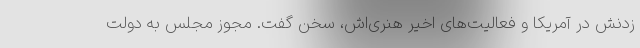
زدنش در آمریکا و فعالیت‌های اخیر هنری‌اش، سخن گفت. مجوز مجلس به دولت